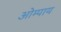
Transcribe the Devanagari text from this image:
ओम्पाय